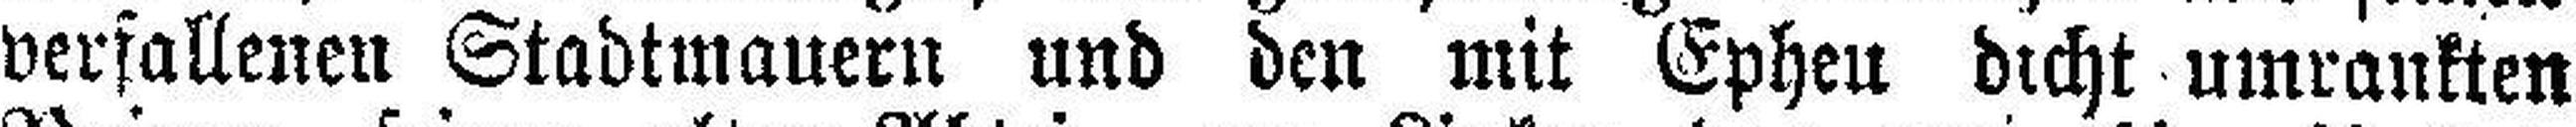
verfallenen Stadtmauern und den mit Ephen dicht umrankten